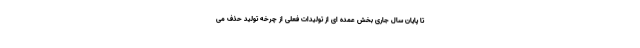
تا پایان سال جاری بخش عمده ای از تولیدات فعلی از چرخه تولید حذف می